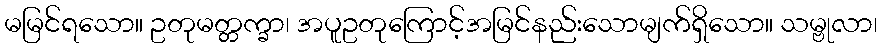
မမြင်ရသော။ ဥတုမတ္တက္ခာ၊ အပူဥတုကြောင့်အမြင်နည်းသောမျက်ရှိသော။ သမ္ဗုလာ၊